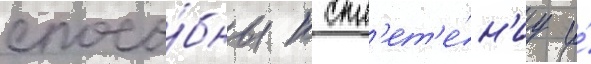
спосо́бны к спл'ет'е́н'иу и́